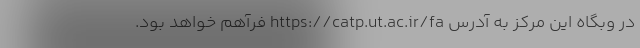
در وبگاه این مرکز به آدرس https://catp.ut.ac.ir/fa فرآهم خواهد بود.